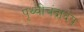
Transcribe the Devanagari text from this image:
पृथ्वीचंद्रादय